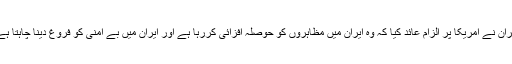
ایران نے امریکا پر الزام عائد کیا کہ وہ ایران میں مظاہروں کو حوصلہ افزائی کررہا ہے اور ایران میں بے امنی کو فروغ دینا چاہتا ہے۔